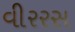
વીરરસ